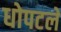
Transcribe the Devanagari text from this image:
धोपटले